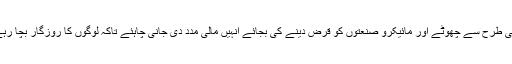
اسی طرح سے چھوٹے اور مائیکرو صنعتوں کو قرض دینے کی بجائے انہیں مالی مدد دی جانی چاہئے تاکہ لوگوں کا روزگار بچا رہے۔